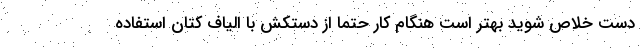
دست خلاص شوید بهتر است هنگام کار حتما از دستکش با الیاف کتان استفاده